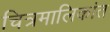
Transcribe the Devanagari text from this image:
चित्रमालिकांत